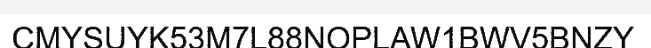
CMYSUYK53M7L88NOPLAW1BWV5BNZY